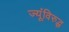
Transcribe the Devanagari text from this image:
ज्यूंविरुद्ध